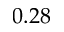
0 . 2 8